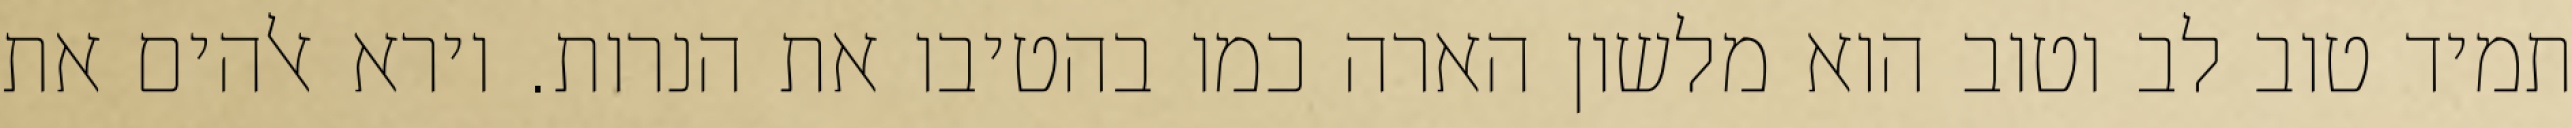
תמיד טוב לב וטוב הוא מלשון הארה כמו בהטיבו את הנרות. וירא אלהים את